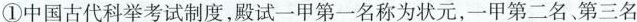
①中国古代科举考试制度，殿试一甲第一名称为状元，一甲第二名第三名